Civil Veterinary Department Bihar reports 1936-40 - 1936-1940
Year: 1936
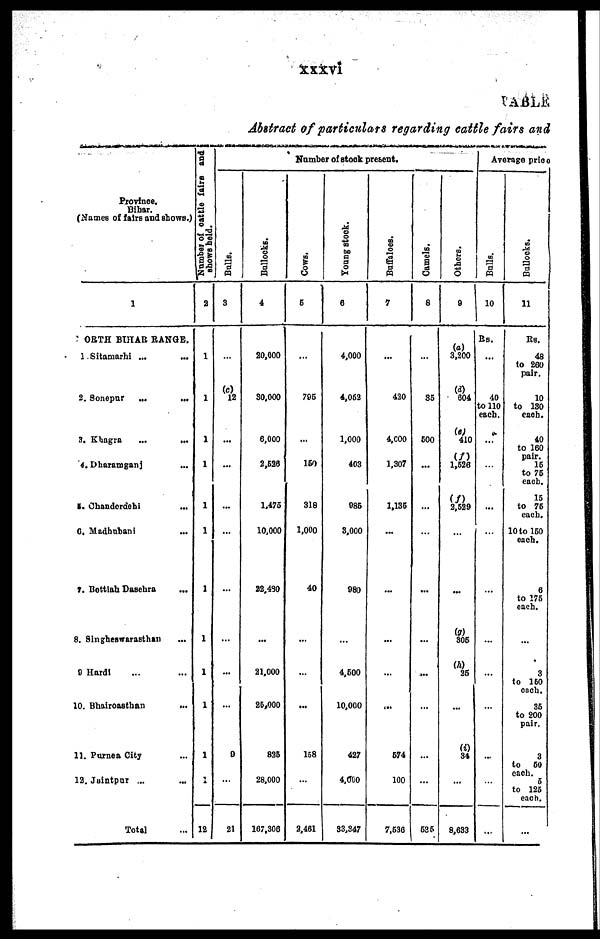
xxxvi
TABLE
Abstract of particulars regarding cattle fairs and
Province.
Bihar.
(Names of fairs and shows.)
1
ORTH BIHAR RANGE.
1.Sitamarhi ... ...
2. Sonepur
...
...
3. Khagra
...
...
4. Dharamganj ...
5. Chanderdehi ...
6. Madhubani ...
7. Bettiah Dasehra ...
8. Singheswarasthan ...
9 Hardi ... ...
10. Bhairoasthan
...
11. Purnea City ...
12. Jaintpur ... ...
Total ...
Number of cattle fairs and
shows held.
2
1
1
1
1
1
1
1
1
1
1
1
1
12
Number of stock present.
Bulls.
3
...
(c)
12
...
...
...
...
...
...
...
...
...
9
...
21
Bullocks.
4
20,000
30,000
6,000
2,526
1.475
10,000
22,490
...
21,000
26,000
825
28,000
167,306
Cows.
5
...
706
...
150
318
1,000
40
...
...
...
158
...
2,461
Young stock.
6
4,000
4,062
1,000
403
985
8,000
980
...
4,500
10,000
427
4,000
83,347
Buffaloes.
7
...
420
4,000
1,307
1,135
...
...
...
...
...
574
100
7,536
Camels.
8
...
35
500
...
...
...
...
...
...
...
...
...
535
Others.
9
(a)
3,200
604
(e)
410
(f)
1,526
(f)
2,529
...
...
(g)
305
(h)
25
...
(i)
34
...
8,633
Average price
Bulls.
10
Rs.
...
40
to 110
each.
...
...
...
...
...
...
...
...
...
...
Bullocks.
11
Rs.
48
to 260
pair.
10
to 130
each.
40
to 160
pair.
15
to 75
each.
15
to 75
each.
10 to 150
each.
6
to 175
each.
...
3
to 160
each.
35
to 200
pair.
3
to 60
each. 5
to 125
each.
...